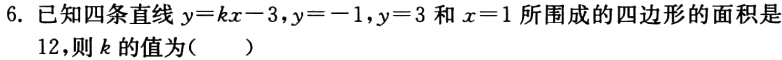
6. 已知四条直线\(y = kx - 3,y = - 1,y = 3\)和\(x = 1\)所围成的四边形的面积是\(12\)，则\(k\)的值为（  ）